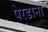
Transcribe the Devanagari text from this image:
पेरडाना